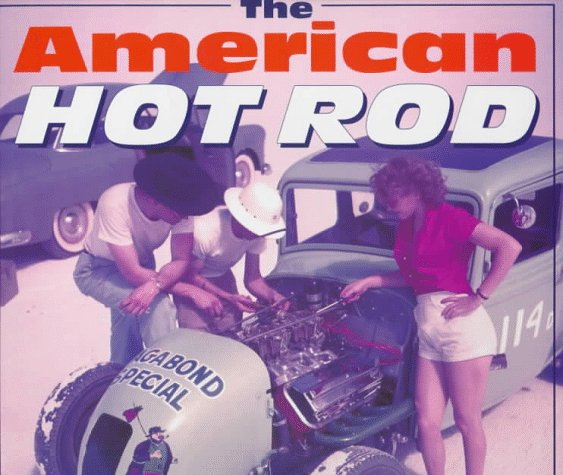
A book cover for The American Hot Rod; Dean Batchelor; Engineering & Transportation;